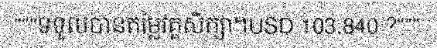
"""ទទួលបានតម្លៃវគ្គសិក្សា។USD 103,840 ?"""